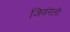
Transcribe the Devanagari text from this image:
जिवंगली